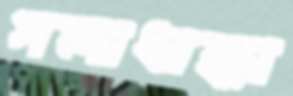
গলাধাক্কা